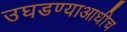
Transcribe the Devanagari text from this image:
उघडण्याआधीच